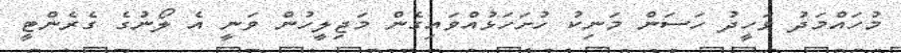
މުހައްމަދު ވަހީދު ހަސަން މަނިކު ހުށަހަޅުއްވައިގެން މަޖިލީހުން ވަނީ އެ ލޯނުގެ ގެރެންޓީ